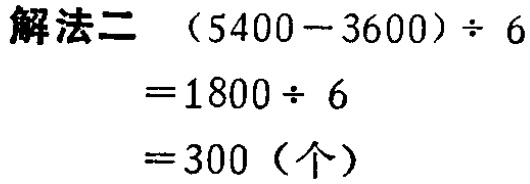
\[\begin{align*}
&(5400 - 3600)\div6\\
=&1800\div6\\
=&300 (\text{个})
\end{align*}\]